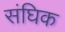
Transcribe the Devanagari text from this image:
संघिक